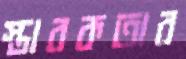
স্তাবকতার